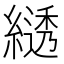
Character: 𦄭